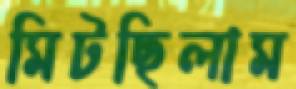
মিটছিলাম